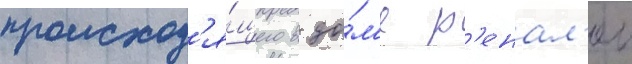
происход'я́щего в до́м'е р'енал'еи